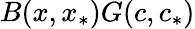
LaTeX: B(x,x_{*})G(c,c_{*})